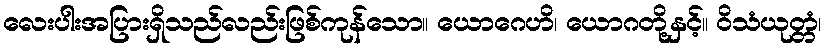
လေးပါးအပြားရှိသည်လည်းဖြစ်ကုန်သော။ ယောဂေဟိ၊ ယောဂတို့နှင့်။ ဝိသံယုတ္တံ၊